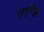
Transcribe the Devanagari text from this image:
उन्हिं